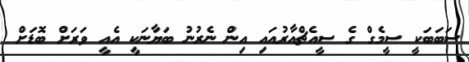
ސަބަބަކީ ސީމެގް ގެ ސީއެޗްއާރުއައި އިން ނެރުނު ބަޔާނަކީ އެއީ ވަރަށް ބޮޑަށް